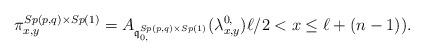
LaTeX: \begin{align*} \pi^{Sp(p,q)\times Sp(1)}_{x,y} = A_{{\mathfrak q}^{Sp(p,q)\times Sp(1)}_{0,}}(\lambda^{0,}_{x,y}) \ell/2 < x \le \ell + (n-1)).\end{align*}